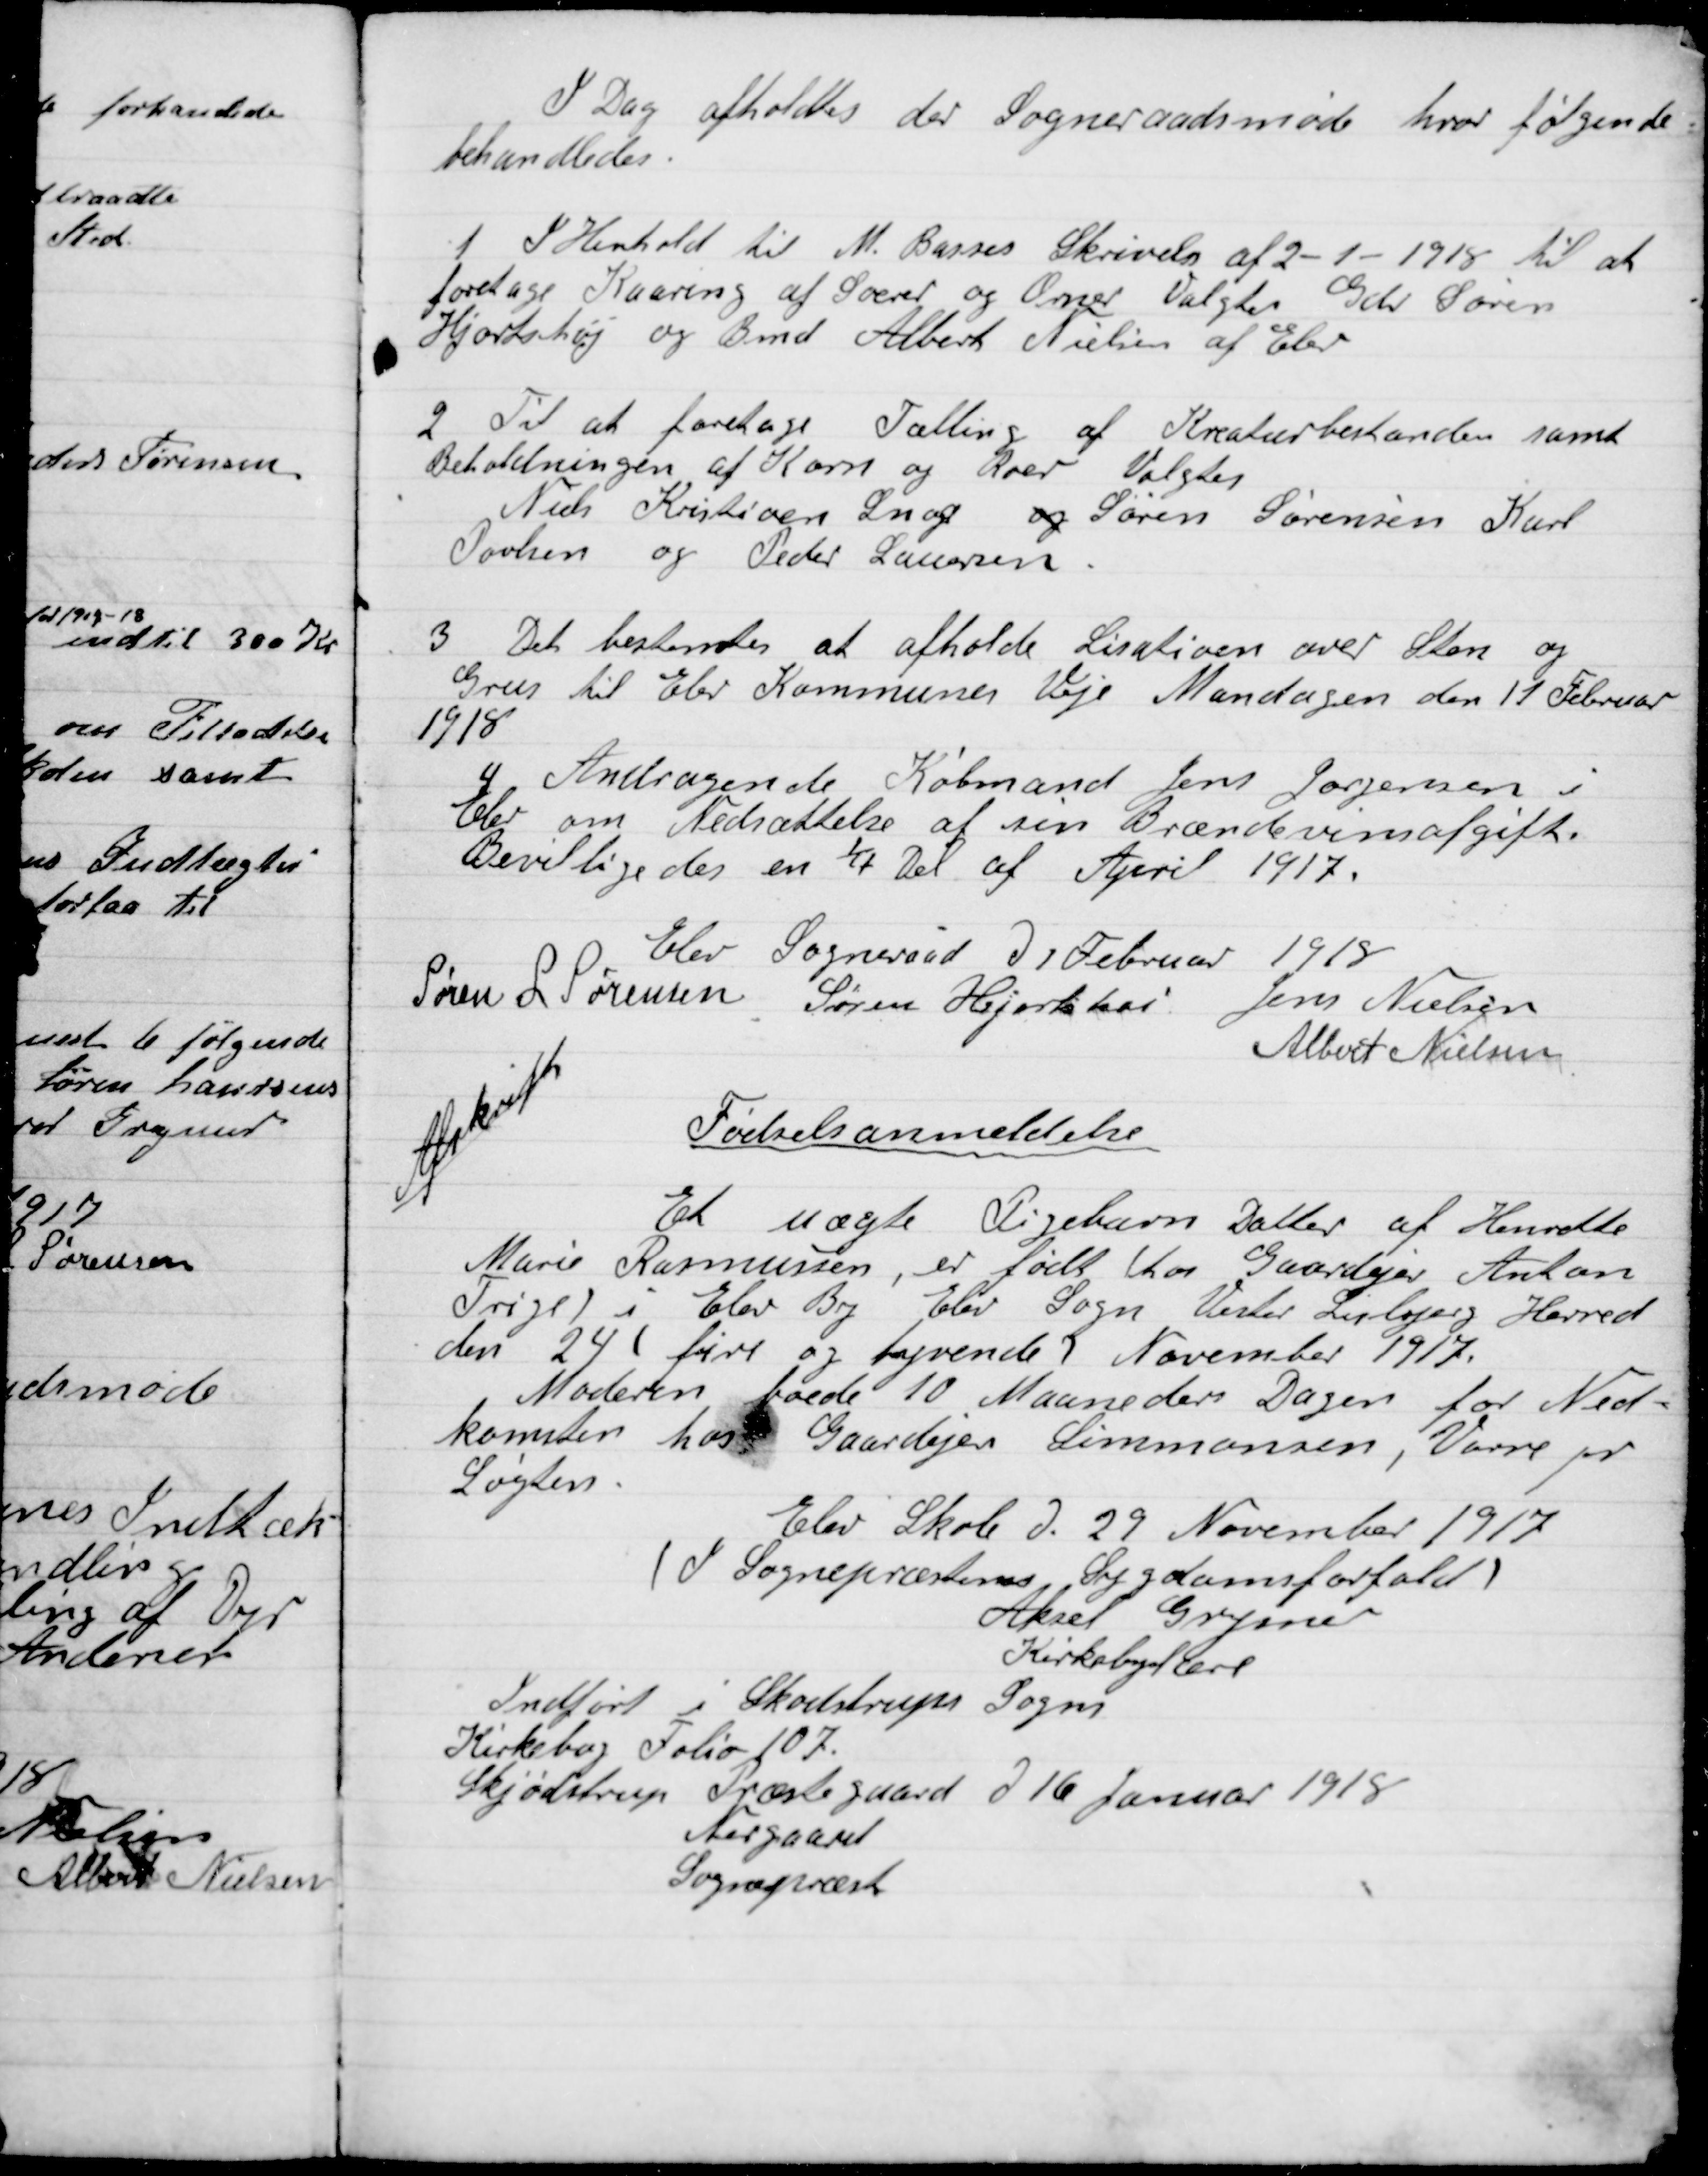
Transskription:
I Dag afholdtes der  Sogneraadetsmøde hvor følgende
Behandledes:

1

I Henhold til M. Basses Skrivelse af 2-1-1918 til at
foretage Kaaring af Søer og Orner Valgte Gdr. Søren
Hjortshøj og Bmd. Albert Nielsen af Elev.

2

Til at foretage Tælling af Kreaturbestanden samt
Beholdningen af Korn og Roer Valgtes
Niels Kristiansen Snog og Søren Sørensen Karl
Poulsen og Peder Laursen.

3

Det bestemtes at afholde Licitation over Sten og
Grus til Elev Kommunens Veje Mandagen den 11 Februar
1918.

4

Andragende Købmand Jens Jørgensen i
Elev om Nedsættelse af sin Brændevinsafgift.
Bevilgedes en 1/7 del af April 1917.

Elev Sogneraad D. 1. Februar 1918

Søren L. Sørensen
Søren Hjortshøi
Jens Nielsen
Albert Nielsen

Afskrift
Fødselsanmeldelse
Et uægte Pigebarn Datter af Henriette
Marie Rasmussen er født hos Gaardejer Anton
Trige i Elev By Elev Sogn Vester Lisbjerg Herred
Den 24 (fire og tyvende) November 1917.
Moderen boede 10 Maaneder Dagen før Ned-
komsten hos Gaardejer Simonsen, Vorre pr
Løgten.
Elev Skole D. 29 November 1917
(I Sognepræstens Sygdomsforfald)
Aksel Grymer
Kirkebogholderen
Indført i Skødstrups Sogn
Kirkebog Folio 107.
Skjødstrup Præstegaard D. 16 Januar 1918
Nørgaard
Sognepræst